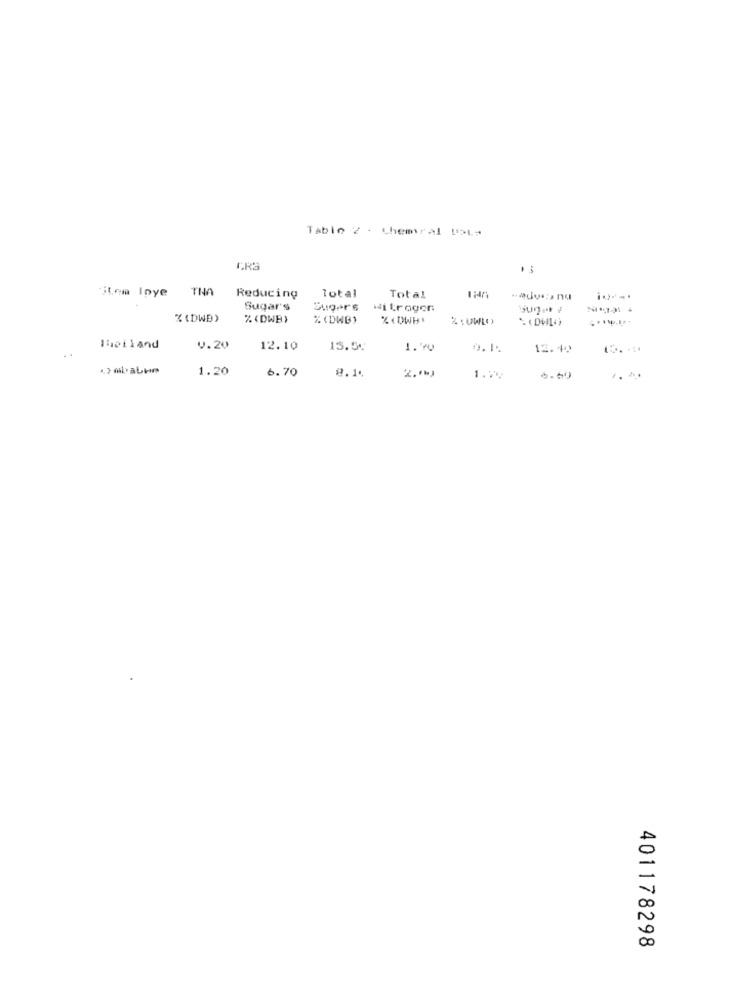
Table 2 . themeal Data
item Ipye TNA
Reducing
Total
Total
-advis nu
Sugar's
Sugars
Nitrogen
% (DWD)
%(DWB>
%(DWB)
% (UWL
Bholland
v.20
12.10
15.54
1.00
0.1.
12.40
..
1.20
6.70
8.14
1.7%
401178298